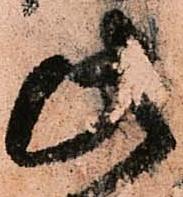
此